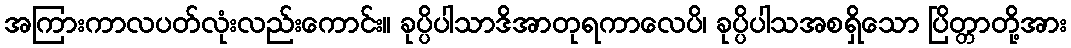
အကြားကာလပတ်လုံးလည်းကောင်း။ ခုပ္ပိပါသာဒိအာတုရကာလေပိ၊ ခုပ္ပိပါသအစရှိသော ပြိတ္တာတို့အား